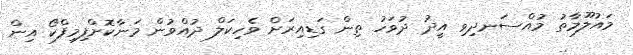
މައުލޫމާތު މުއްސަނދިވި އީދު ދުވަހު ތިން ގަޑިއިރަށް ވެހިކަލް ދުއްވުން މަނާކޮށްފިމިފްކޯ އިން